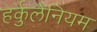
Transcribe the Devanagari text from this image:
हर्कुलेनियम